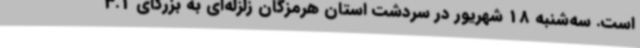
است. سه‌شنبه 18 شهریور در سردشت استان هرمزگان زلزله‌ای به بزرگای 3.1